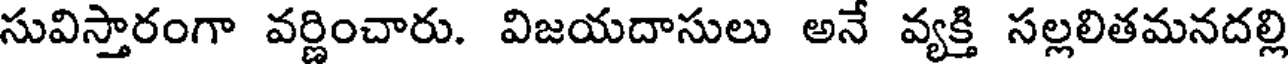
సువిస్తారంగా వర్ణించారు. విజయదాసులు అనే వ్యక్తి సల్లలితమనదల్లి